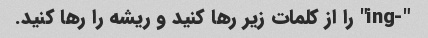
"-ing" را از کلمات زیر رها کنید و ریشه را رها کنید.